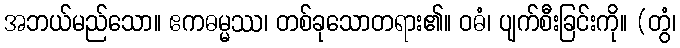
အဘယ်မည်သော။ ဧကဓမ္မဿ၊ တစ်ခုသောတရား၏။ ဝဓံ၊ ပျက်စီးခြင်းကို။ (တွံ၊